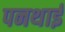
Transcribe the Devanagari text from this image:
पनथाई